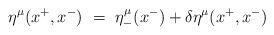
LaTeX: \begin{align*}\eta^\mu (x^+, x^-) ~=~ \eta_-^\mu (x^-) + \delta \eta^\mu (x^+,x^-)\end{align*}